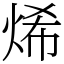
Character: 烯